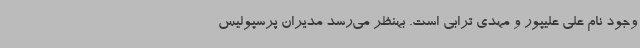
وجود نام علی علیپور و مهدی ترابی است. بهنظر می‌رسد مدیران پرسپولیس‌